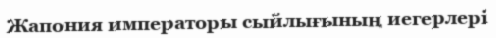
Жапония императоры сыйлығының иегерлері